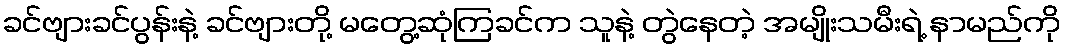
ခင်ဗျားခင်ပွန်းနဲ့ ခင်ဗျားတို့ မတွေ့ဆုံကြခင်က သူနဲ့ တွဲနေတဲ့ အမျိုးသမီးရဲ့ နာမည်ကို